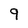
Character: 9